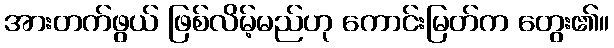
အားတက်ဖွယ် ဖြစ်လိမ့်မည်ဟု ကောင်းမြတ်က တွေး၏။